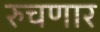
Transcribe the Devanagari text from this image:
रुचणार